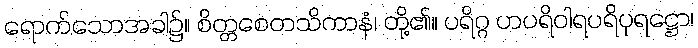
ရောက်သောအခါ၌။ စိတ္တစေတသိကာနံ၊ တို့၏။ ပရိဂ္ဂ ဟပရိဝါရပရိပုရဋ္ဌော၊